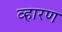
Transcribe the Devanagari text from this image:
व्हारण